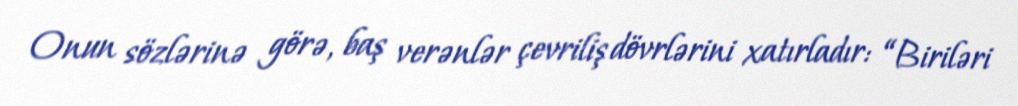
Onun sözlərinə görə, baş verənlər çevriliş dövrlərini xatırladır: “Biriləri